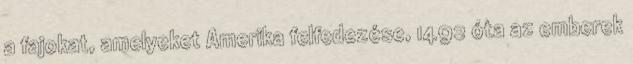
a fajokat, amelyeket Amerika felfedezése, 1492 óta az emberek